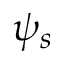
\psi _ { s }